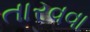
તારવવા